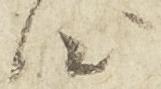
心